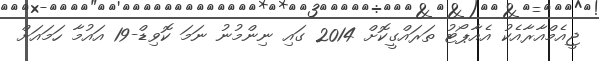
ޖީއެމްއާރާއެކު އެއާޕޯޓު ތަރައްގީކޮށް 2014 ގައި ނިންމުނު ނަމަ ކޮވިޑް-19 އައުމާ ހަމައަށް